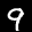
Label: 9